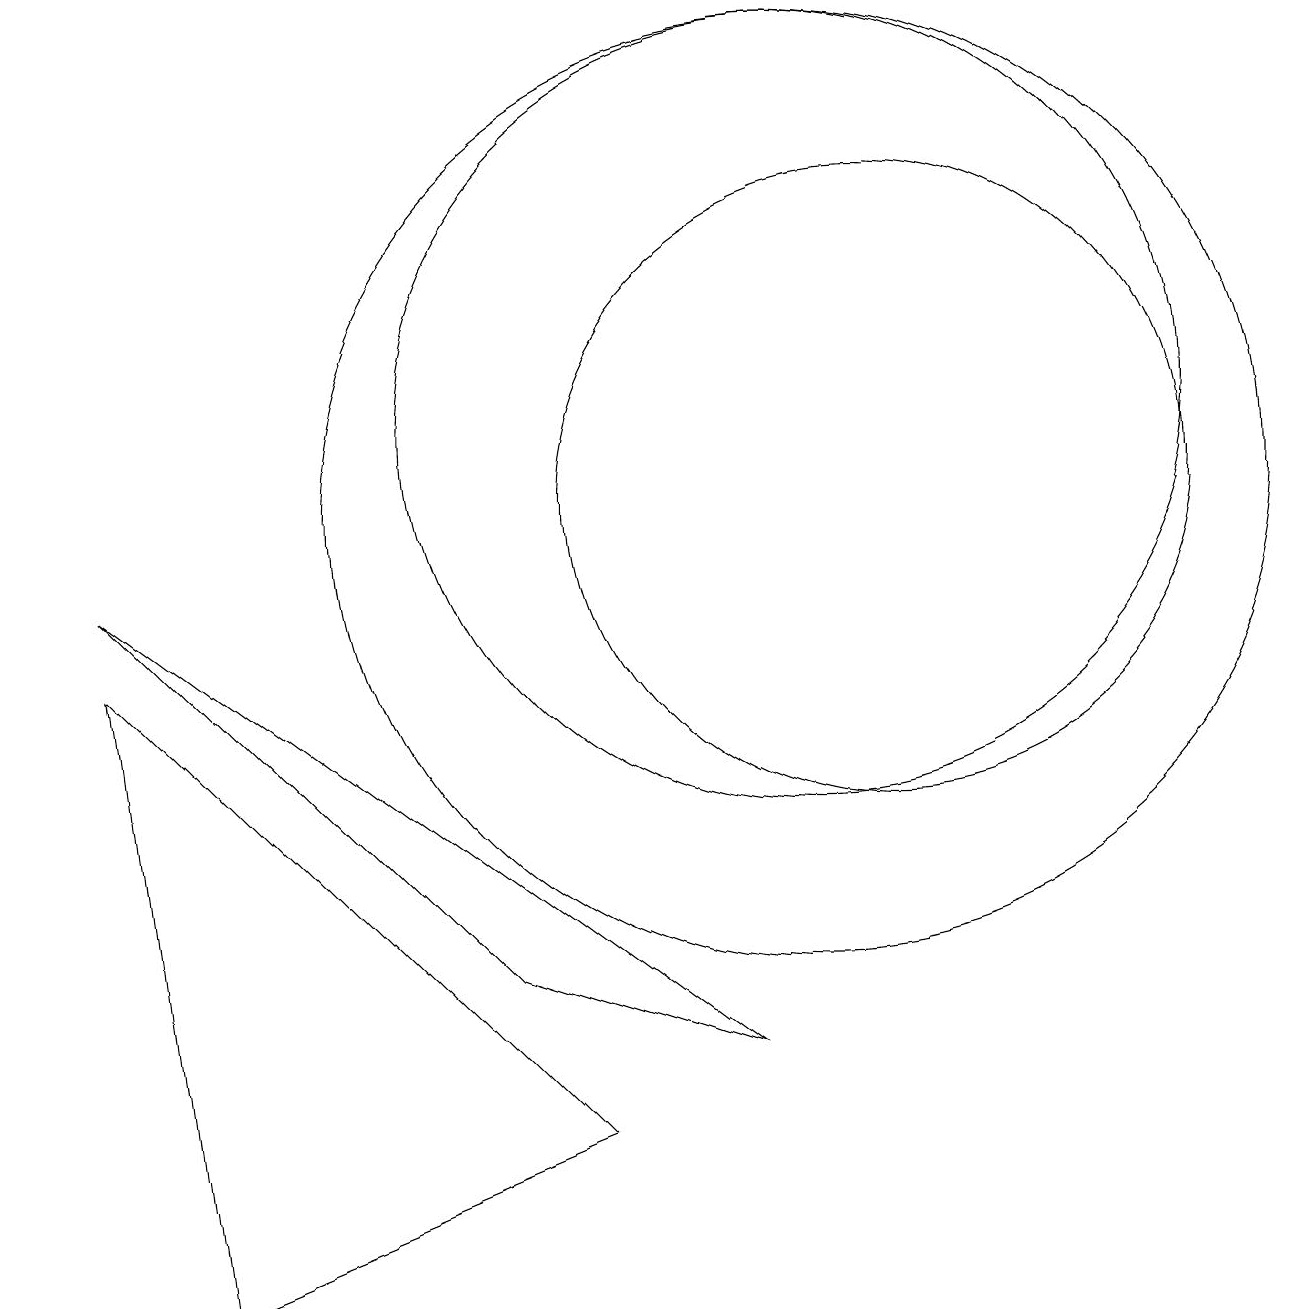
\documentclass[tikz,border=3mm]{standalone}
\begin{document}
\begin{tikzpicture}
\draw (10,10) circle (6);
\draw (11,10) circle (4);
\draw[->] (0,13) -- (0,13);
\draw (2,0) -- (7,2) -- (1,8) -- cycle;
\draw (10,11) circle (5);
\draw (1,9) -- (9,3) -- (6,4) -- cycle;
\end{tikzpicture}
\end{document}